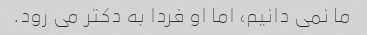
ما نمی دانیم، اما او فردا به دکتر می رود.